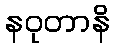
နဝုတာနိ